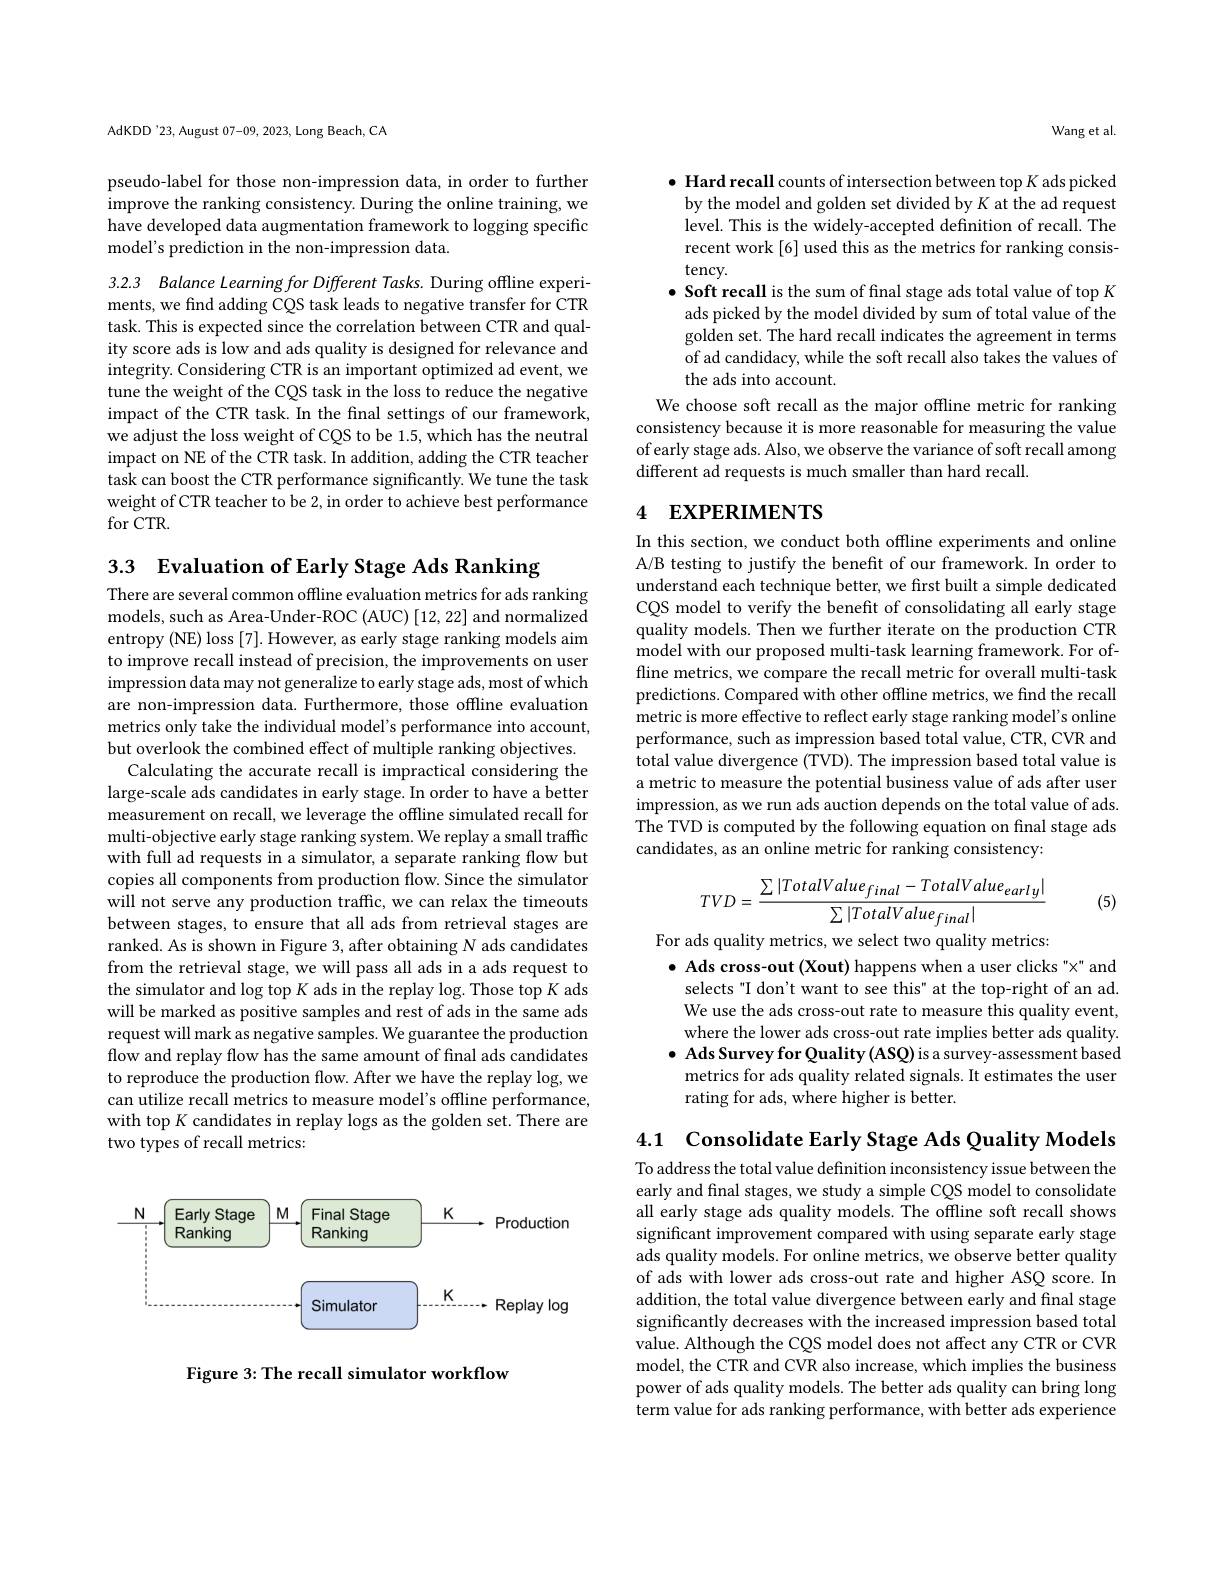
AdKDD'23, August 07-09, 2023, Long Beach, CA

pseudo-label for those non-impression data, in order to further improve the ranking consistency. During the online training, we have developed data augmentation framework to logging specific model's prediction in the non-impression data.

3.2.3 Balance Learning for Different Tasks. During offline experiments, we find adding CQS task leads to negative transfer for CTR task. This is expected since the correlation between CTR and quality score ads is low and ads quality is designed for relevance and integrity. Considering CTR is an important optimized ad event, we tune the weight of the CQS task in the loss to reduce the negative impact of the CTR task. In the fnal settings of our framework, we adjust the loss weight of CQS to be 1.5, which has the neutral impact on NE of the CTR task. In addition, adding the CTR teacher task can boost the CTR performance significantly. We tune the task weight of CTR teacher to be 2, in order to achieve best performance for CTR.

3.3 Evaluation of Early Stage Ads Ranking
There are several common offline evaluation metrics for ads ranking models, such as Area-Under-ROC (AUC) [12, 22] and normalized entropy (NE) loss [7]. However, as early stage ranking models aim to improve recall instead of precision, the improvements on user impression data may not generalize to early stage ads, most of which are non-impression data. Furthermore, those offline evaluation metrics only take the individual model's performance into account, but overlook the combined effect of multiple ranking objectives.
Calculating the accurate recall is impractical considering the large-scale ads candidates in early stage. In order to have a better measurement on recall, we leverage the offline simulated recall for multi-objective early stage ranking system. We replay a small traffic with full ad requests in a simulator, a separate ranking flow but copies all components from production flow. Since the simulator will not serve any production traffic, we can relax the timeouts between stages, to ensure that all ads from retrieval stages are ranked. As is shown in Figure 3, after obtaining N ads candidates from the retrieval stage, we will pass all ads in a ads request to the simulator and log top $K$ ads in the replay log. Those top $K$ ads will be marked as positive samples and rest of ads in the same ads request will mark as negative samples. We guarantee the production flow and replay flow has the same amount of final ads candidates to reproduce the production flow. After we have the replay log, we can utilize recall metrics to measure model's offline performance, with top K candidates in replay logs as the golden set. There are two types of recall metrics:

<FigureHere>

Figure 3: The recall simulator workflow

Wang et al.

$\bullet$ Hard recall counts of intersection between top $K$ ads picked by the model and golden set divided by K at the ad request level. This is the widely-accepted definition of recall. The recent work [6] used this as the metrics for ranking consis- $\operatorname{tency}.$
$\bullet$ Soft recall is the sum of final stage ads total value of top K
ads picked by the model divided by sum of total value of the golden set. The hard recall indicates the agreement in terms of ad candidacy, while the soft recall also takes the values of the ads into account.
We choose soft recall as the major offline metric for ranking consistency because it is more reasonable for measuring the value of early stage ads. Also, we observe the variance of soft recall among different ad requests is much smaller than hard recall.

## 4 EXPERIMENTS

In this section, we conduct both offline experiments and online A/B testing to justify the benefit of our framework. In order to understand each technique better, we first built a simple dedicated CQS model to verify the benefit of consolidating all early stage quality models. Then we further iterate on the production CTR model with our proposed multi-task learning framework. For offline metrics, we compare the recall metric for overall multi-task predictions. Compared with other offline metrics, we find the recall metric is more effective to reflect early stage ranking model's online performance, such as impression based total value, CTR, CVR and $\dot{\text{total value divergence (TVD). The impression based total value is}}$ a metric to measure the potential business value of ads after user impression, as we run ads auction depends on the total value of ads The TVD is computed by the following equation on final stage ads candidates, as an online metric for ranking consistency:
$$TVD=\frac{\sum|TotalValue_{final}-TotalValue_{early}|}{\sum|TotalValue_{final}|}$$
For ads quality metrics, we select two quality metrics:

(5)

$\bullet$ Ads cross-out (Xout) happens when a user clicks "x" and selects "I don't want to see this" at the top-right of an ad. We use the ads cross-out rate to measure this quality event, where the lower ads cross-out rate implies better ads quality.
$\bullet$ Ads Survey for Quality(ASQ) is a survey-assessment based metrics for ads quality related signals. It estimates the user rating for ads, where higher is better.

4.1 Consolidate Early Stage Ads Quality Models

To address the total value definition inconsistency issue between the early and final stages, we study a simple CQS model to consolidate all early stage ads quality models. The offline soft recall shows significant improvement compared with using separate early stage ads quality models. For online metrics, we observe better quality of ads with lower ads cross-out rate and higher ASQ score. In addition, the total value divergence between early and final stage significantly decreases with the increased impression based total value. Although the CQS model does not affect any CTR or CVR model, the CTR and CVR also increase, which implies the business power of ads quality models. The better ads quality can bring long term value for ads ranking performance, with better ads experience